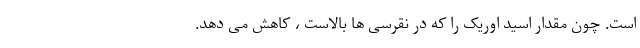
است. چون مقدار اسید اوریک را که در نقرسی ها بالاست ، کاهش می دهد.